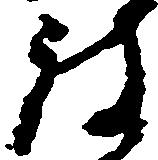
被